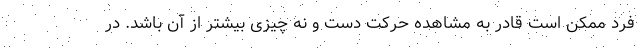
فرد ممکن است قادر به مشاهده حرکت دست و نه چیزی بیشتر از آن باشد. در